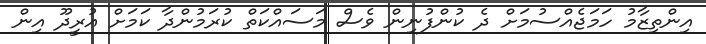
އިންތިޒާމު ހަމަޖެއްސުމަށް ދެ ކުންފުނިން ވެސް މަސައްކަތް ކުރަމުންދާ ކަމަށް އުރީދޫ އިން